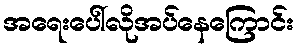
အရေးပေါ်လိုအပ်နေကြောင်း